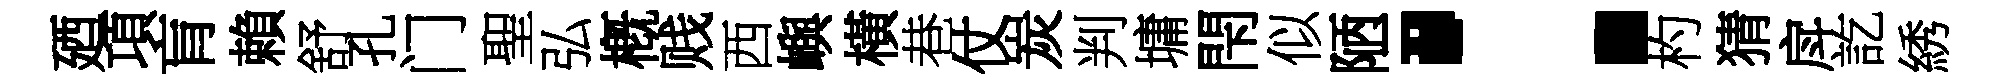
廼項肓賴舒孔门聖弘槪贱西嶼橫巷仗炭判墉閇似陋：杓猜戽訖綉